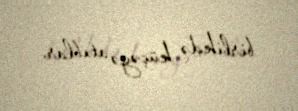
birlikdə küçəyə atıblar.